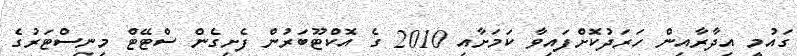
ގައުމީ އިދާރާއިން ހަރަދުކޮށްފައިވާ ކަމަށާއި 2010 ގެ އޮކްޓޫބަރުން ފެށިގެން ސްޓޭޓް މިނިސްޓަރުގެ